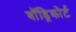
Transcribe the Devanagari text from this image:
बॉड्रिकोर्ट